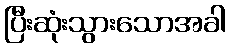
ပြီးဆုံးသွားသောအခါ